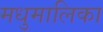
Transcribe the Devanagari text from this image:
मधुमालिका